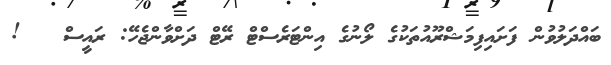
ބައްދަލުވުން ފަށައިފިމަޝްރޫއުތަކުގެ ލޯނުގެ އިންޓަރެސްޓް ރޭޓް ދަށްވާންޖެހޭ: ރައީސް   !